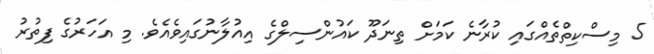
5 މިސްކިތްތެއްގައި ކުރާނެ ކަމަށް ތިނަދޫ ކައުންސިލްގެ އިއުލާނުގައިވެއެވެ. މި އަހަރުގެ ފިތުރު